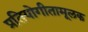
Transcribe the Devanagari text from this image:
प्रतियोगीतामूलक